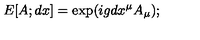
E [ A ; d x ] = \exp ( i g d x ^ { \mu } A _ { \mu } ) ;